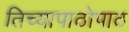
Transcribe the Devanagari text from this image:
तिच्यापाठोपाठ